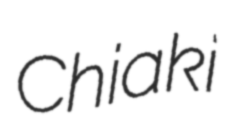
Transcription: Chiaki